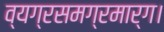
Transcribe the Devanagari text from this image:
व्यग्रसमग्रमार्ग।